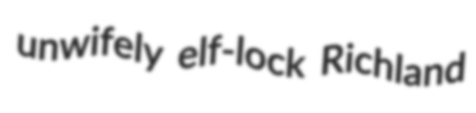
unwifely elf-lock Richland